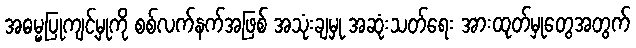
အဓမ္မပြုကျင့်မှုကို စစ်လက်နက်အဖြစ် အသုံးချမှု အဆုံးသတ်ရေး အားထုတ်မှုတွေအတွက်